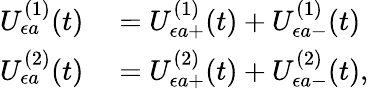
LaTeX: \begin{array}{rl}{U_{\epsilon a}^{(1)}(t)}&{{}=U_{\epsilon a+}^{(1)}(t)+U_{\epsilon a-}^{(1)}(t)}\\ {U_{\epsilon a}^{(2)}(t)}&{{}=U_{\epsilon a+}^{(2)}(t)+U_{\epsilon a-}^{(2)}(t),}\end{array}